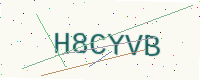
Text: H8CYVB